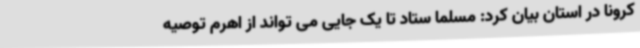
کرونا در استان بیان کرد: مسلما ستاد تا یک جایی می تواند از اهرم توصیه